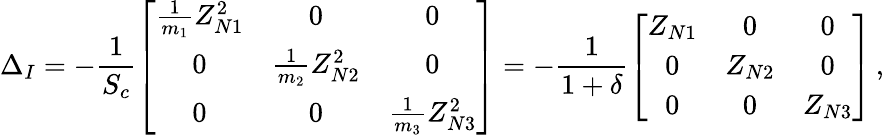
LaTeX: \Delta_{I}=-\frac{1}{S_{c}}\left[\begin{array}{ccc}{\frac{1}{m_{1}}Z_{N1}^{2}}&{0}&{0}\\ {0}&{\frac{1}{m_{2}}Z_{N2}^{2}}&{0}\\ {0}&{0}&{\frac{1}{m_{3}}Z_{N3}^{2}}\end{array}\right]=-\frac{1}{1+\delta}\left[\begin{array}{ccc}{Z_{N1}}&{0}&{0}\\ {0}&{Z_{N2}}&{0}\\ {0}&{0}&{Z_{N3}}\end{array}\right]\, ,